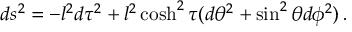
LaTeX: d s ^ { 2 } = - l ^ { 2 } d \tau ^ { 2 } + l ^ { 2 } \cosh ^ { 2 } \tau ( d \theta ^ { 2 } + \sin ^ { 2 } \theta d \phi ^ { 2 } ) \, .